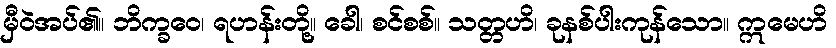
မှီဝဲအပ်၏။ ဘိက္ခဝေ၊ ရဟန်းတို့။ ခေါ၊ စင်စစ်။ သတ္တဟိ၊ ခုနစ်ပါးကုန်သော။ ဣမေဟိ